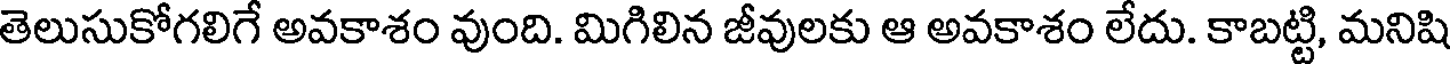
తెలుసుకోగలిగే అవకాశం వుంది. మిగిలిన జీవులకు ఆ అవకాశం లేదు. కాబట్టి, మనిషి